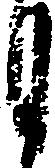
月